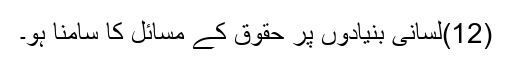
(12)لسانی بنیادوں پر حقوق کے مسائل کا سامنا ہو۔